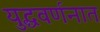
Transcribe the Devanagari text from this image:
युद्धवर्णनात